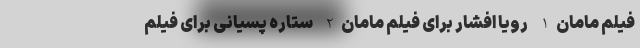
فیلم مامان 1- رویا افشار برای فیلم مامان 2- ستاره پسیانی برای فیلم